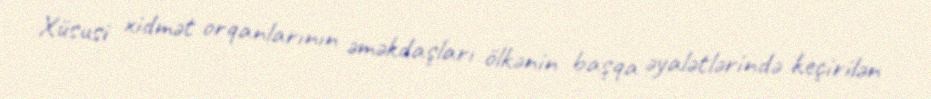
Xüsusi xidmət orqanlarının əməkdaşları ölkənin başqa əyalətlərində keçirilən